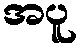
အပူ